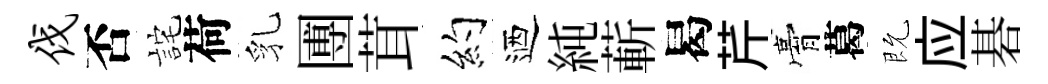
伐否詫荷乳圑茸约迺純蔪曷芹膏葛既应碁